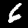
Label: 6